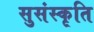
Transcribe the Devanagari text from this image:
सुसंस्कृति